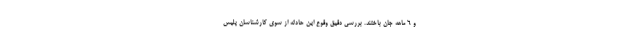
و ۶ ماهه جان باختند. بررسی دقیق وقوع این حادثه از سوی کارشناسان پلیس